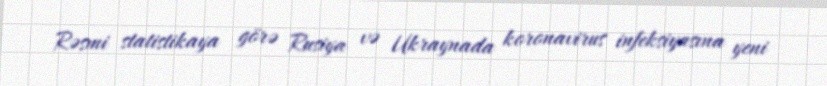
Rəsmi statistikaya görə Rusiya və Ukraynada koronavirus infeksiyasına yeni